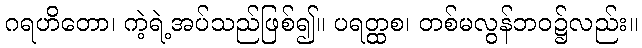
ဂရဟိတော၊ ကဲ့ရဲ့အပ်သည်ဖြစ်၍။ ပရတ္ထစ၊ တစ်မလွန်ဘဝ၌လည်း။